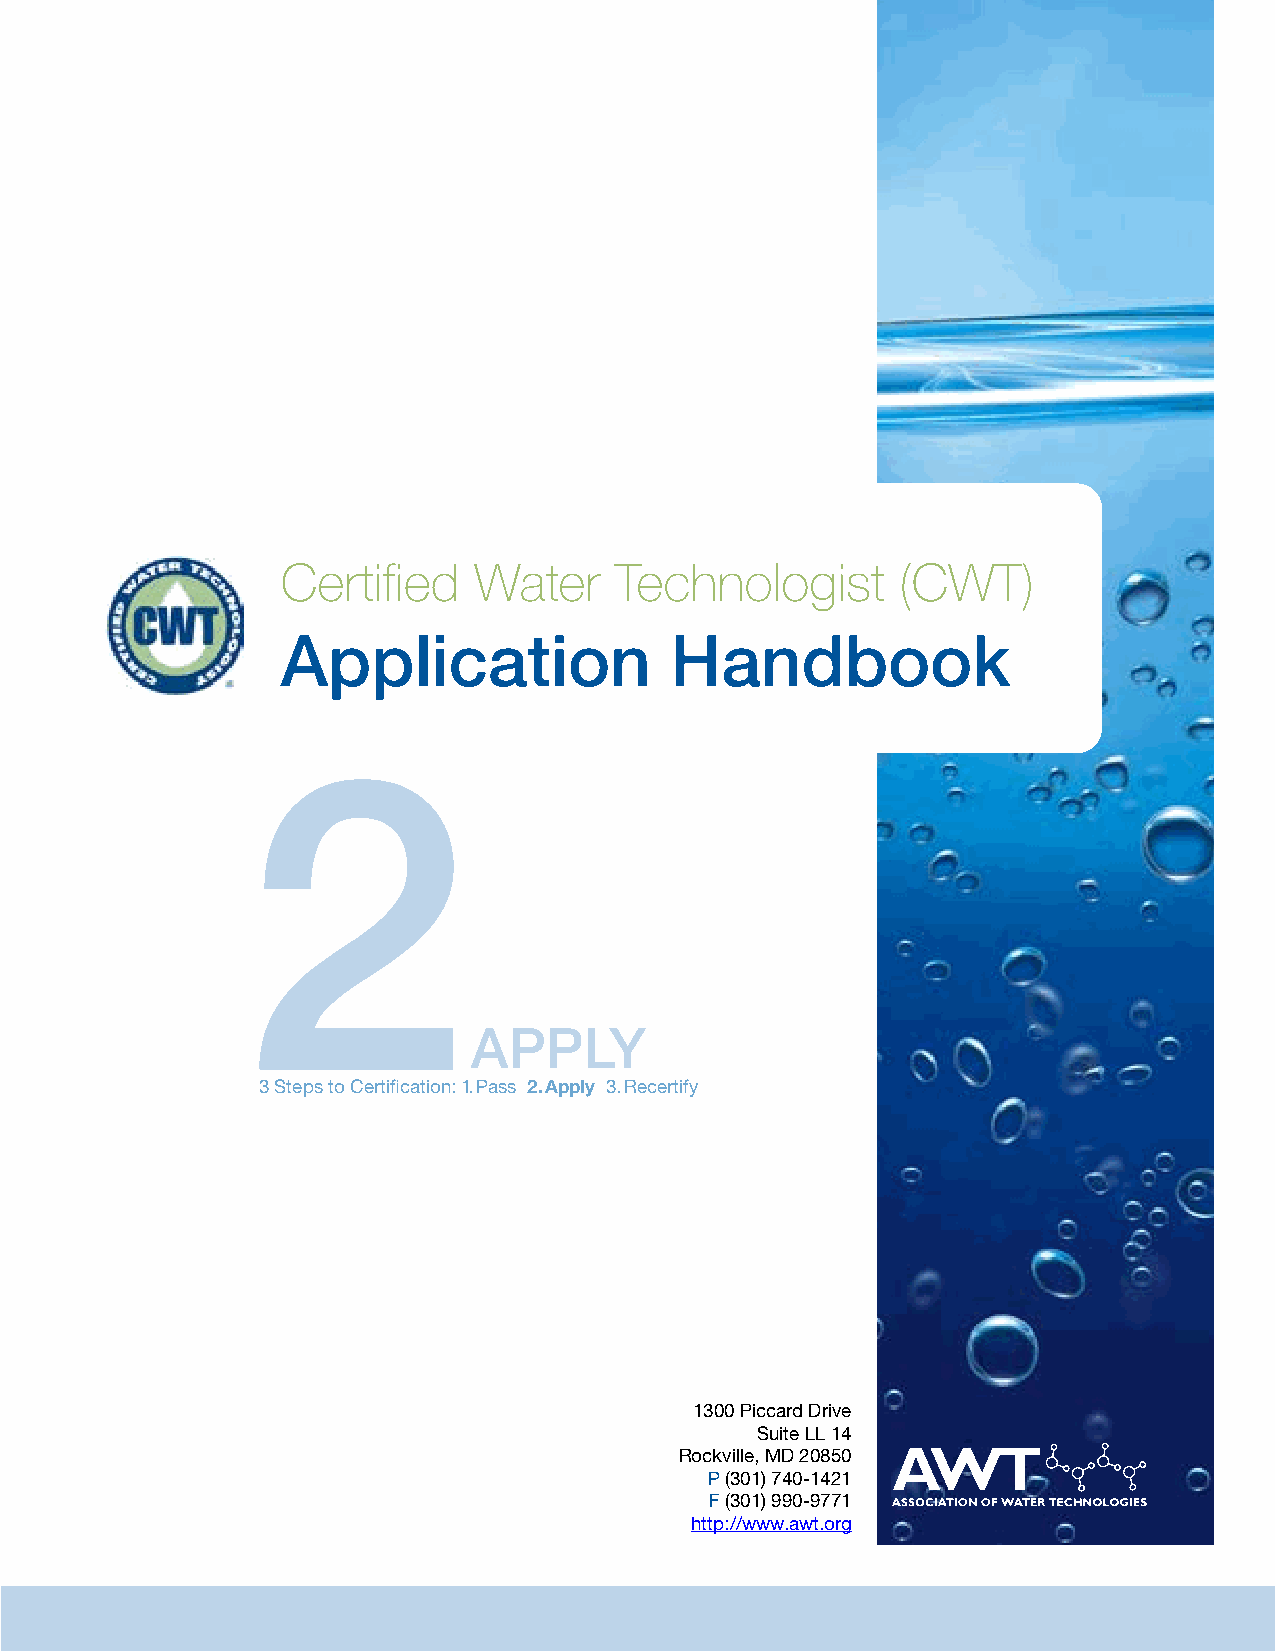
Certified Water Technologist (CWT)
 Application  Handbook
 Certified   Water     Technologist       (CWT)
 Application              Handbook
 2
 APPLY
 3 Steps to Certification: 1. Pass 2. Apply 3. Recertify
 1300 Piccard Drive
 Suite LL 14
 Rockville, MD 20850
 P (301) 740-1421
 F (301) 990-9771
 http://www.awt.org